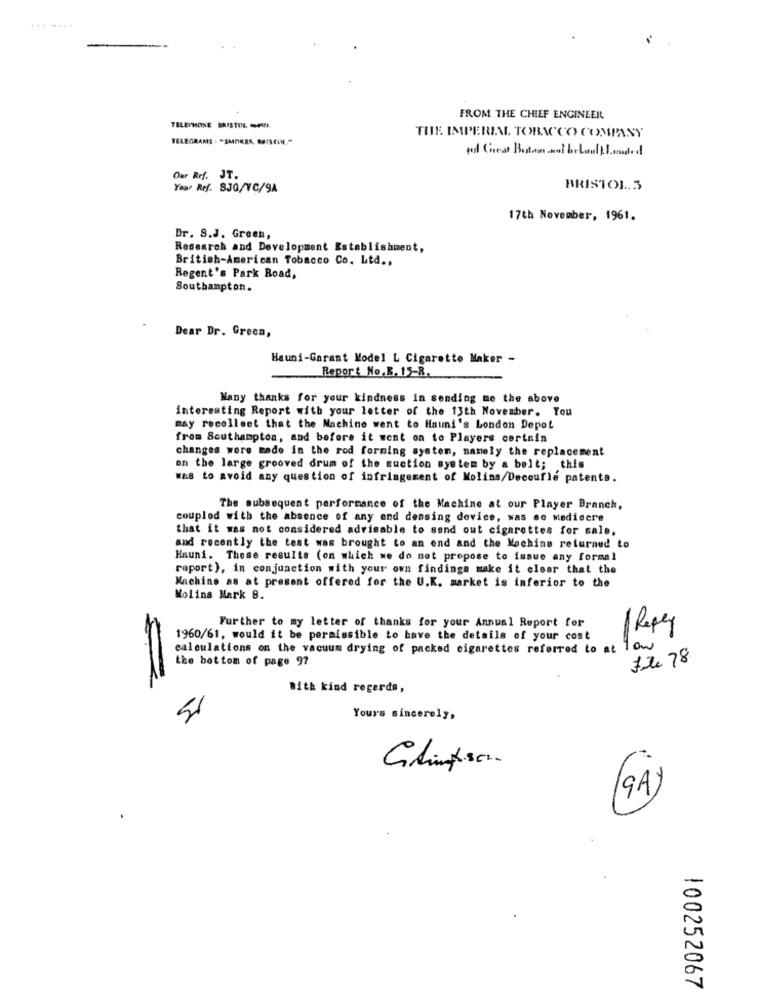
........
FROM THE CHIEF ENGINEER
TELEPHONE BRISTOL OVI
TELEGRAMS : "SMOKES, BUTSEIN."
THE IMPERIAL TOBACCO COMPANY
Our Ref. JT.
Your Ref. SJ0/VC/9A
BRISTOL.3
17th November, 1961.
Dr. S.J. Green,
Research and Development Establishment,
British-American Tobacco Co. Ltd .,
Regent's Park Road,
Southampton.
Dear Dr. Green,
Hauni-Garant Model L Cigarette Maker -
Report No.B. 15-R.
Many thanks for your kindness in sending me the above
interesting Report with your letter of the 13th November. You
may recollect that the Machine went to Hauni's London Depot
from Southampton, and before it went on to Players certain
changes were made in the rod forming system, namely the replacement
on the large grooved drum of the suction system by a belt; this
was to avoid any question of infringement of Molins/Decoufle patents.
The subsequent performance of the Machine at our Player Branch,
coupled with the absence of any end densing device, was so mediocre
that it was not considered advisable to send out cigarettes for sale,
and recently the test was brought to an end and the Machine returned to
Hauni. These results (on which we do not propose to issue any formal
report), in conjunction with your own findings make it clear that the
Machine as at present offered for the U.K. market is inferior to the
Molins Mark B.
Further to my letter of thanks for your Annual Report for
1 Reply
1960/61, would it be permissible to have the details of your cost
calculations on the vacuum drying of packed cigarettes referred to at
the bottom of page 97
File 78
With kind regards,
Yours sincerely,
(GA)
100252067